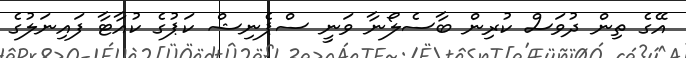
އޭގެ ތިން ދުވަސް ކުރިން ބާސެލޯނާ ވަނީ ސްޕެނިޝް ކަޕުގެ ކުއާޓާ ފައިނަލުގެ